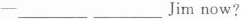
-___ ___ Jim now?